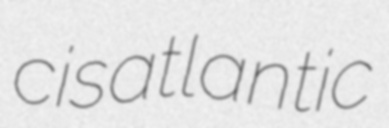
cisatlantic